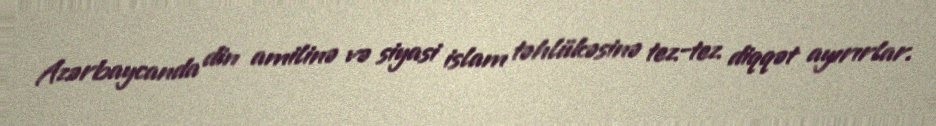
Azərbaycanda din amilinə və siyasi islam təhlükəsinə tez-tez diqqət ayırırlar.